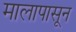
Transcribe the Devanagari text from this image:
मालापासून